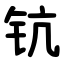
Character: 钪